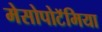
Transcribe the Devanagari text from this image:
मेसोपोटॅमिया